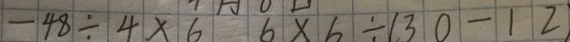
- 4 8 \div 4 \times 6 6 \times 6 \div ( 3 0 - 1 2